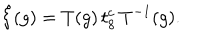
LaTeX: \hat { \xi } ( g ) = T ( g ) \, t _ { 8 } ^ { c } \, T ^ { - 1 } ( g ) .